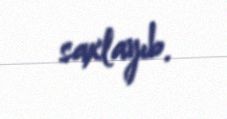
saxlayıb.